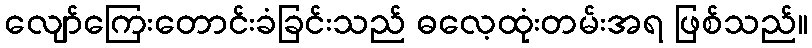
လျော်ကြေးတောင်းခံခြင်းသည် ဓလေ့ထုံးတမ်းအရ ဖြစ်သည်။